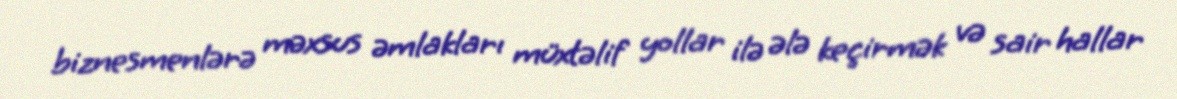
biznesmenlərə məxsus əmlakları müxtəlif yollar ilə ələ keçirmək və sair hallar